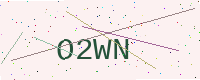
Text: O2WN